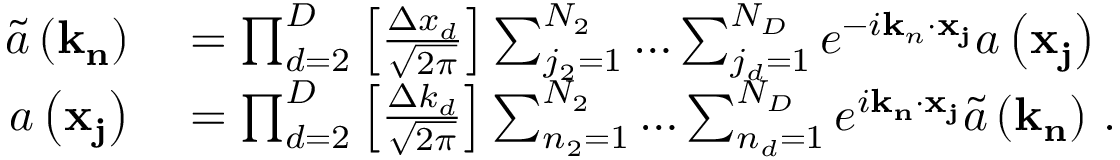
\begin{array} { r l } { \tilde { a } \left( \mathbf { k } _ { \mathbf { n } } \right) } & { { } = \prod _ { d = 2 } ^ { D } \left[ \frac { \Delta x _ { d } } { \sqrt { 2 \pi } } \right] \sum _ { j _ { 2 } = 1 } ^ { N _ { 2 } } \ldots \sum _ { j _ { d } = 1 } ^ { N _ { D } } e ^ { - i \mathbf { k } _ { n } \cdot \mathbf { x } _ { \mathbf { j } } } a \left( \mathbf { x } _ { \mathbf { j } } \right) \, } \\ { a \left( \mathbf { x } _ { \mathbf { j } } \right) } & { { } = \prod _ { d = 2 } ^ { D } \left[ \frac { \Delta k _ { d } } { \sqrt { 2 \pi } } \right] \sum _ { n _ { 2 } = 1 } ^ { N _ { 2 } } \ldots \sum _ { n _ { d } = 1 } ^ { N _ { D } } e ^ { i \mathbf { k } _ { \mathbf { n } } \cdot \mathbf { x } _ { \mathbf { j } } } \tilde { a } \left( \mathbf { k } _ { \mathbf { n } } \right) \, . } \end{array}